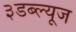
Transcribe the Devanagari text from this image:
३डब्ल्यूज